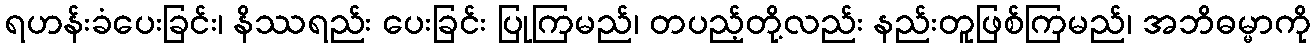
ရဟန်းခံပေးခြင်း၊ နိဿရည်း ပေးခြင်း ပြုကြမည်၊ တပည့်တို့လည်း နည်းတူဖြစ်ကြမည်၊ အဘိဓမ္မာကို